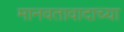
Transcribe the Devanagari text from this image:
मानवतावादाच्या